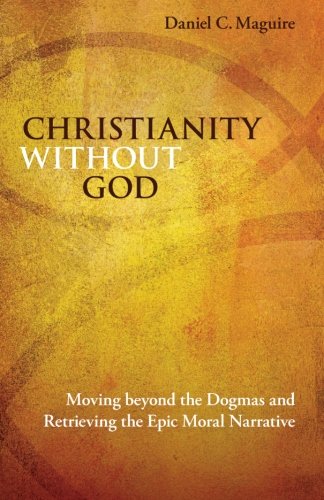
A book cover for Christianity without God: Moving beyond the Dogmas and Retrieving the Epic Moral Narrative; Daniel C. Maguire; Christian Books & Bibles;